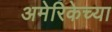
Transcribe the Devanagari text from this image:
अमेरिकेच्या